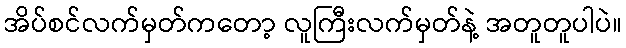
အိပ်စင်လက်မှတ်ကတော့ လူကြီးလက်မှတ်နဲ့ အတူတူပါပဲ။